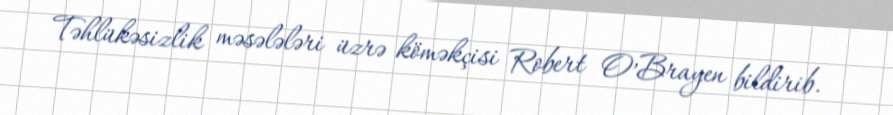
Təhlükəsizlik məsələləri üzrə köməkçisi Robert O’Brayen bildirib.